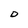
Character: D